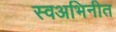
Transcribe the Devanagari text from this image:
स्वअभिनीत